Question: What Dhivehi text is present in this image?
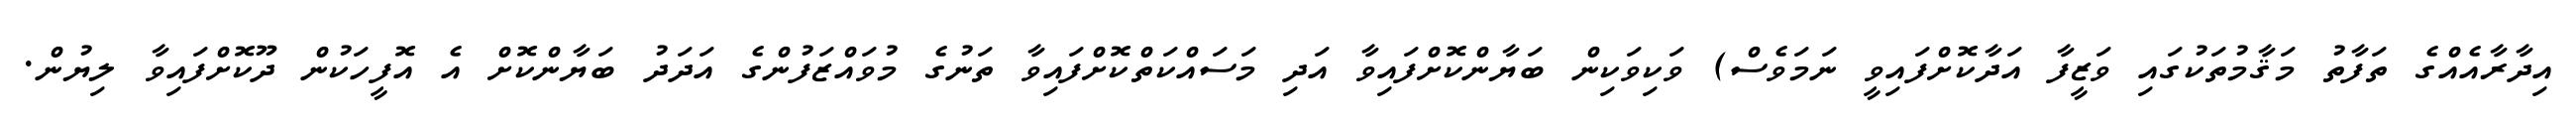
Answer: އިދާރާއެއްގެ ތަފާތު މަޤާމުތަކުގައި ވަޒީފާ އަދާކޮށްފައިވީ ނަމަވެސް) ވަކިވަކިން ބަޔާންކޮށްފައިވާ އަދި މަސައްކަތްކޮށްފައިވާ ތަނުގެ މުވައްޒަފުންގެ އަދަދު ބަޔާންކޮށް އެ އޮފީހަކުން ދޫކޮށްފައިވާ ލިޔުން.